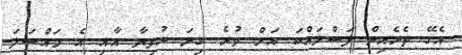
އެގޭ ތެރެއިން ފަސްލައްކަ އަށް ވުރެ ގިނަ ރުފިޔާ އާއި އެ މައްސަލަ